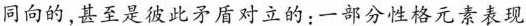
同向的,甚至是彼此矛盾对立的:一部分性格元素表现